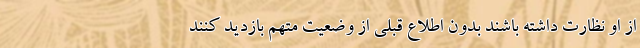
از او نظارت داشته باشند بدون اطلاع قبلی از وضعیت متهم بازدید کنند